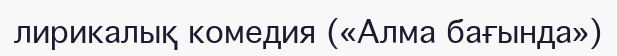
лирикалық комедия («Алма бағында»)